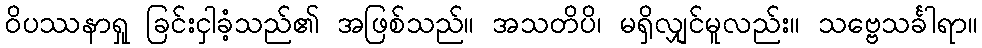
ဝိပဿနာရှု ခြင်းငှါခံ့သည်၏ အဖြစ်သည်။ အသတိပိ၊ မရှိလျှင်မူလည်း။ သဗ္ဗေသင်္ခါရာ။